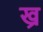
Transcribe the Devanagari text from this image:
ख्र